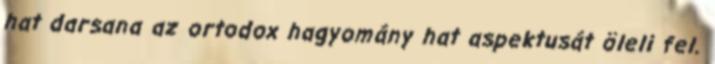
hat darsana az ortodox hagyomány hat aspektusát öleli fel.